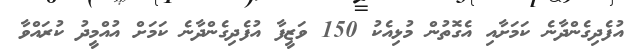
އުފެދިގެންދާނެ ކަމަށާއި އެގޮތުން މުޅިއެކު 150 ވަޒީފާ އުފެދިގެންދާނެ ކަމަށް އުއްމީދު ކުރައްވާ